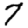
Digit: 7